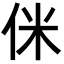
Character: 侎